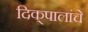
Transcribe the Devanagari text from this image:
दिक्‌पालांचे